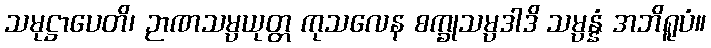
သမုဋ္ဌာပေတိ၊ ဉာဏသမ္ပယုတ္တ ကုသလေန စက္ခုသမ္ပဒါဒိ သမ္ပန္နံ အဘိရူပံ။